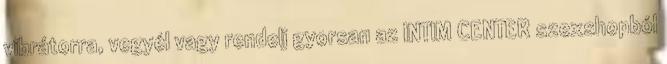
vibrátorra, vegyél vagy rendelj gyorsan az INTIM CENTER szexshopból